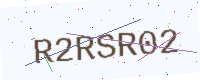
Text: R2RSR02